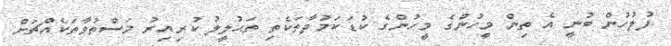
ފުލުހުން ބުނީ އެ ތިން މީހުންގެ މީހުންގެ ކުޑަކަމުދާތަކެތި ތަޙުލީލު ކުރިއިރު މަސްތުވާތަކެއްޗަށް